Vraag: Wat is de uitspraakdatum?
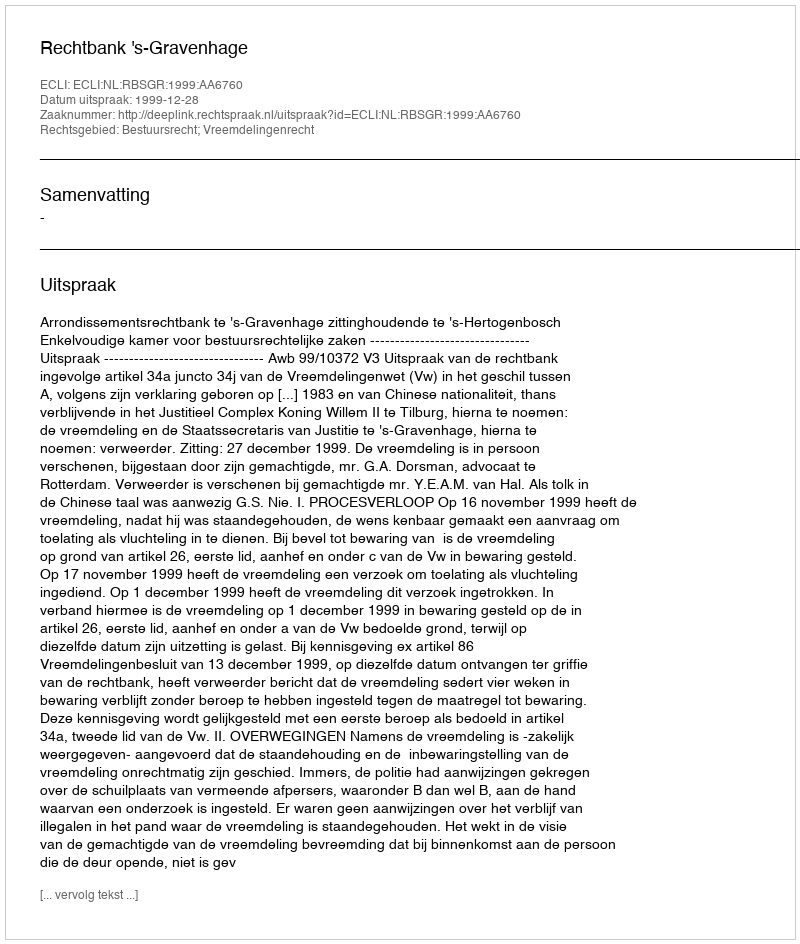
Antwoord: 1999-12-28